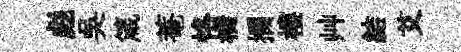
彪吴箴菴恪橋攔樓艸結艾